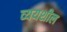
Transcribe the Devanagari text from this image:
व्ययशील